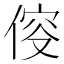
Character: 𠊯